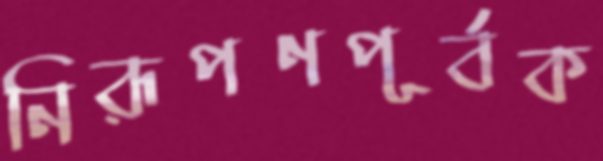
নিরূপণপূর্বক